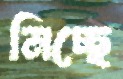
নিচ্ছে